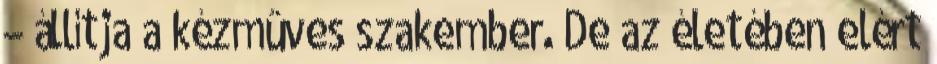
– állítja a kézmûves szakember. De az életében elért